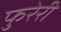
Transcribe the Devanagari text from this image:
फुरेरी